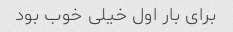
برای بار اول خیلی خوب بود